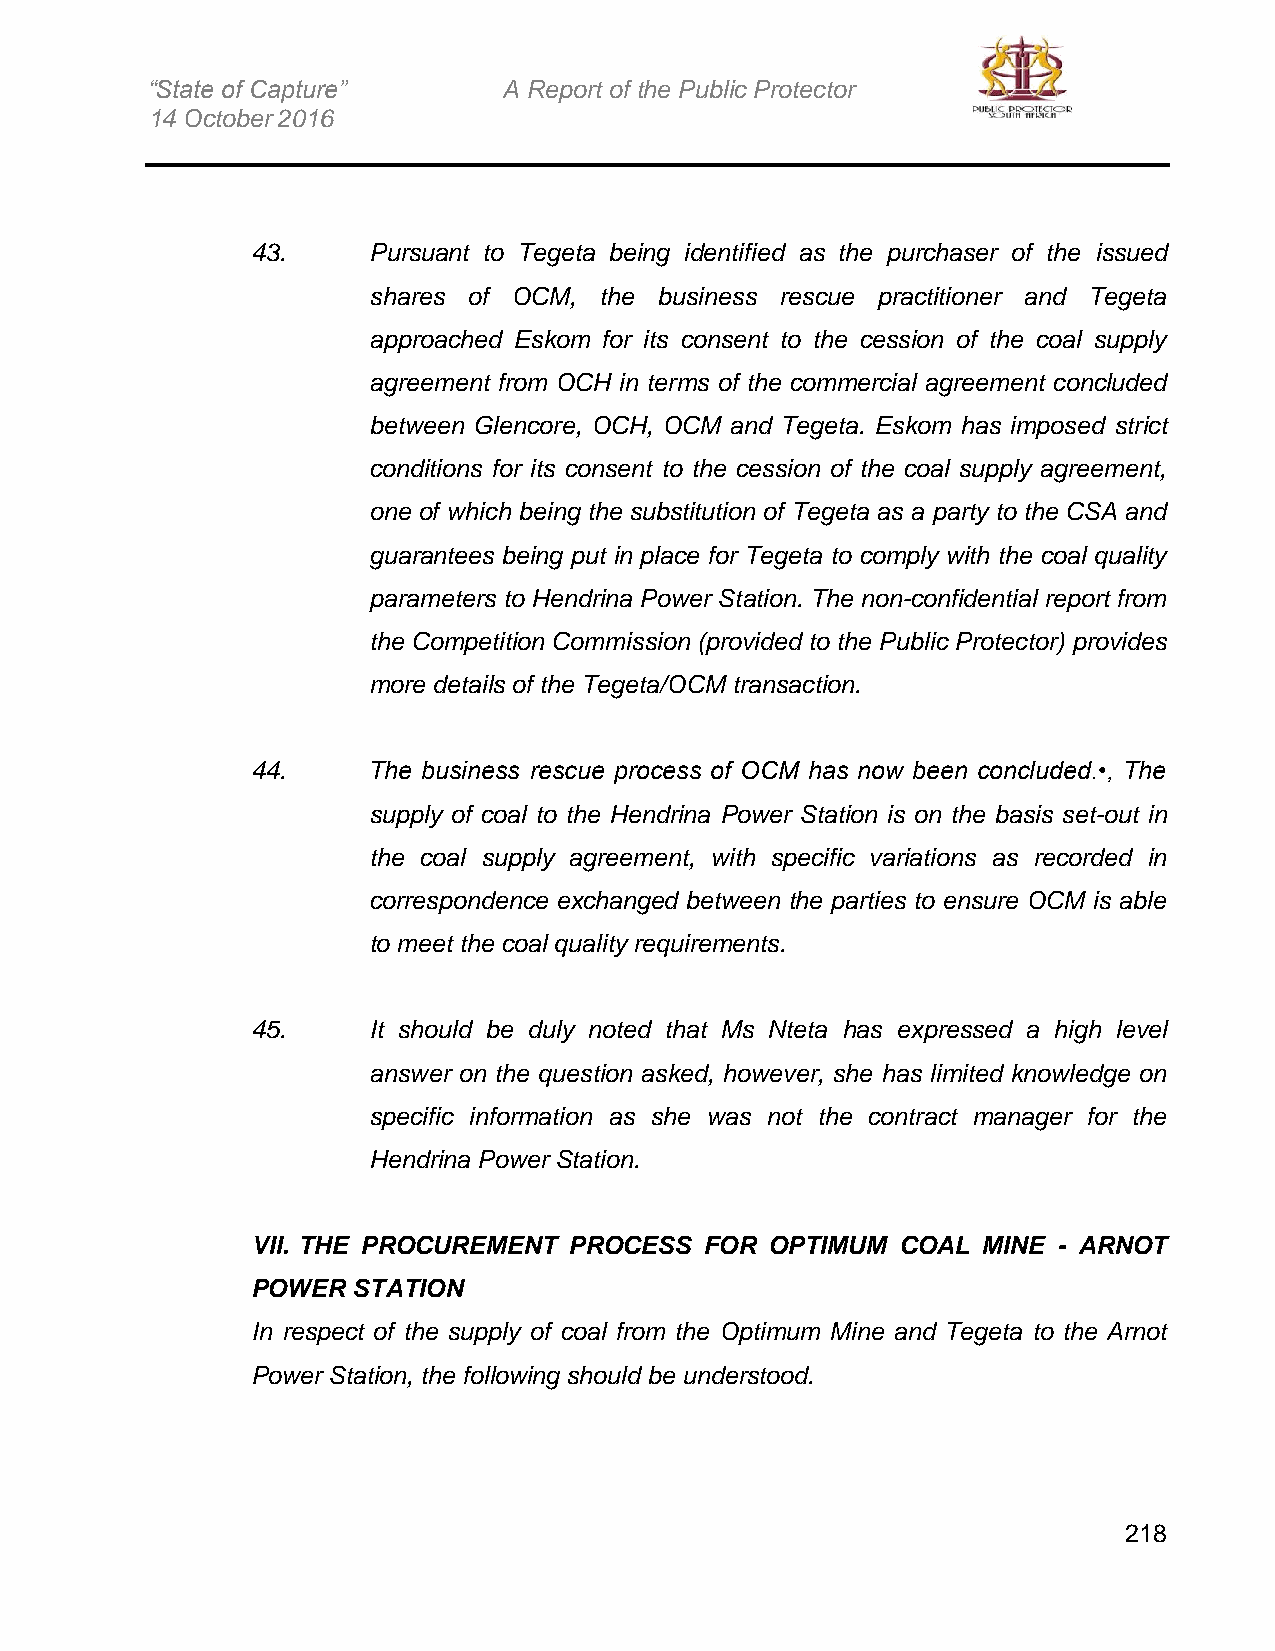
“State of Capture”     A Report of the Public Protector
 14 October 2016
 43.    Pursuant to Tegeta being identified as the purchaser of the issued
 shares of OCM,  the business rescue practitioner and Tegeta
 approached Eskom for its consent to the cession of the coal supply
 agreement from OCH in terms of the commercial agreement concluded
 between Glencore, OCH, OCM and Tegeta. Eskom has imposed strict
 conditions for its consent to the cession of the coal supply agreement,
 one of which being the substitution of Tegeta as a party to the CSA and
 guarantees being put in place for Tegeta to comply with the coal quality
 parameters to Hendrina Power Station. The non-confidential report from
 the Competition Commission (provided to the Public Protector) provides
 more details of the Tegeta/OCM transaction.
 44.    The business rescue process of OCM has now been concluded.•, The
 supply of coal to the Hendrina Power Station is on the basis set-out in
 the coal supply agreement, with specific variations as recorded in
 correspondence exchanged between the parties to ensure OCM is able
 to meet the coal quality requirements.
 45.    It should be duly noted that Ms Nteta has expressed a high level
 answer on the question asked, however, she has limited knowledge on
 specific information as she was not the contract manager for the
 Hendrina Power Station.
 VII. THE PROCUREMENT PROCESS  FOR OPTIMUM COAL  MINE - ARNOT
 POWER STATION
 In respect of the supply of coal from the Optimum Mine and Tegeta to the Arnot
 Power Station, the following should be understood.
 218